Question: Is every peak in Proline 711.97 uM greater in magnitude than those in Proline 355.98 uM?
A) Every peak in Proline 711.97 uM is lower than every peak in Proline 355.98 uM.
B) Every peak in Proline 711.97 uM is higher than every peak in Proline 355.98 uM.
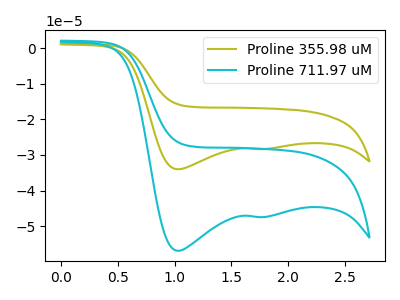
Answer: <think>The olive curve "Proline 355.98 uM" has cathodic peaks at (1.05V, -34.00uA) (1.80V, -28.35uA). The cyan curve "Proline 711.97 uM" has cathodic peaks at (1.05V, -56.90uA) (1.80V, -47.45uA).</think>
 <answer>B) Every peak in "Proline 711.97 uM" is higher than every peak in "Proline 355.98 uM".</answer>
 <eval>B</eval>